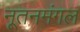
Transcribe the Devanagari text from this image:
नूतनमंगल